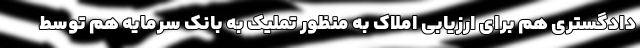
دادگستری هم برای ارزیابی املاک به منظور تملیک به بانک سرمایه هم توسط